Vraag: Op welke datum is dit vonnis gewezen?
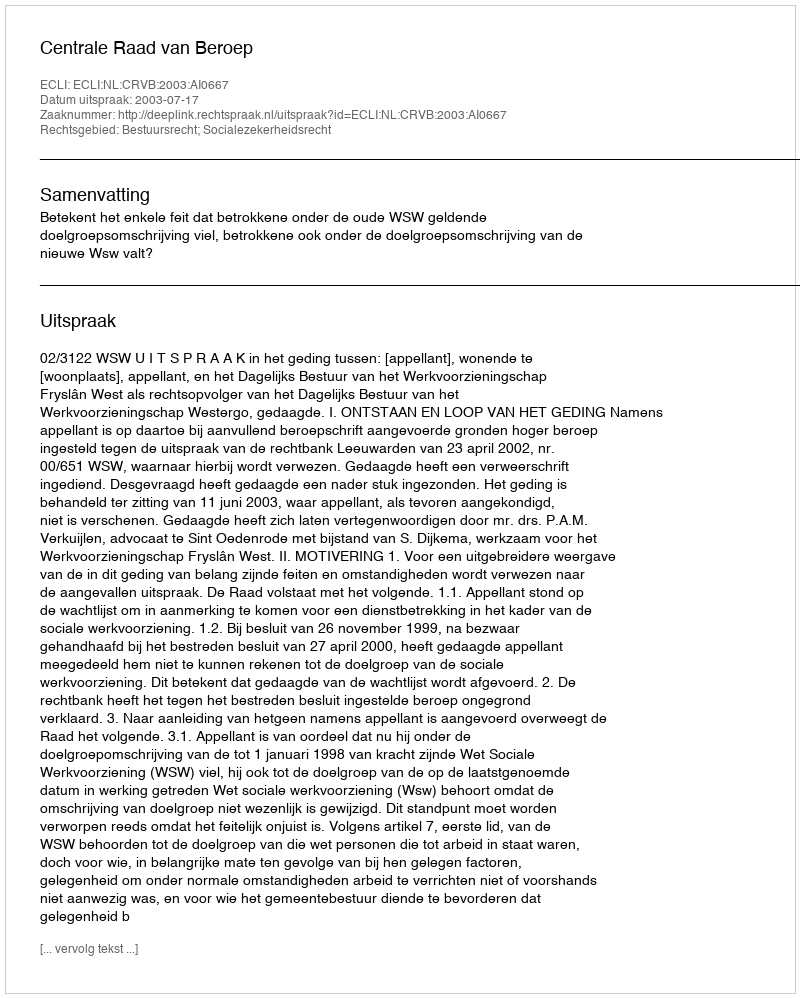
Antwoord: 2003-07-17